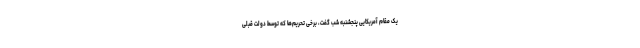
یک مقام آمریکایی پنجشنبه شب گفت، برخی تحریم‌ها که توسط دولت قبلی